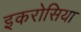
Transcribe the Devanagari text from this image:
इकरोसिया